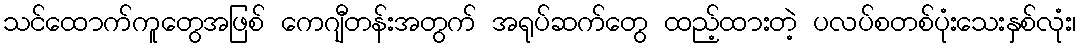
သင်ထောက်ကူတွေအဖြစ် ကေဂျီတန်းအတွက် အရုပ်ဆက်တွေ ထည့်ထားတဲ့ ပလပ်စတစ်ပုံးသေးနှစ်လုံး၊